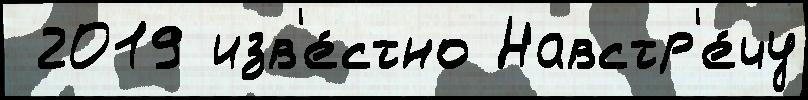
 2019 изв'е́стно Навстр'е́чу